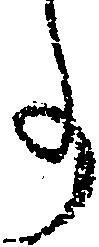
事